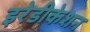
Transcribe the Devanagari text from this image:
इरेडीकेशन